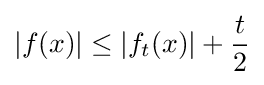
|f(x)|\leq |f_{t}(x)|+{\frac {t}{2}}